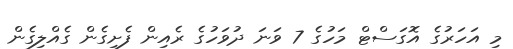
މި އަހަރުގެ އޮގަސްޓް މަހުގެ 7 ވަނަ ދުވަހުގެ ރެއިން ފެށިގެން ގެއްލިގެން